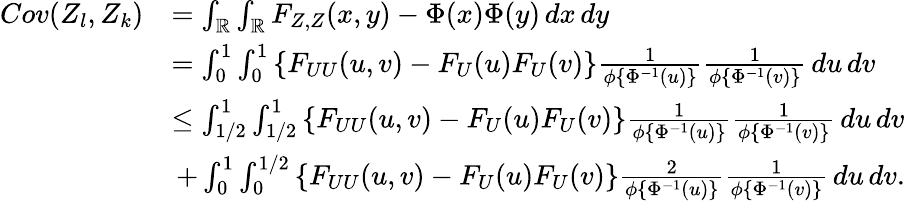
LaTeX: \begin{array}{rl}{Cov(Z_{l},Z_{k})}&{=\int_{\mathbb{R}}\int_{\mathbb{R}}F_{Z,Z}(x,y)-\Phi(x)\Phi(y)\, dx\, dy}\\ &{=\int_{0}^{1}\int_{0}^{1}\left\{ F_{UU}(u,v)-F_{U}(u)F_{U}(v)\right\} \frac{1}{\phi\{ \Phi^{-1}(u)\} }\frac{1}{\phi\{ \Phi^{-1}(v)\} }\, du\, dv}\\ &{\leq\int_{1/2}^{1}\int_{1/2}^{1}\left\{ F_{UU}(u,v)-F_{U}(u)F_{U}(v)\right\} \frac{1}{\phi\{ \Phi^{-1}(u)\} }\frac{1}{\phi\{ \Phi^{-1}(v)\} }\, du\, dv}\\ &{\, +\int_{0}^{1}\int_{0}^{1/2}\left\{ F_{UU}(u,v)-F_{U}(u)F_{U}(v)\right\} \frac{2}{\phi\{ \Phi^{-1}(u)\} }\frac{1}{\phi\{ \Phi^{-1}(v)\} }\, du\, dv.}\end{array}